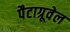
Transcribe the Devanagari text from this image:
पैटाग्रूवेल